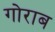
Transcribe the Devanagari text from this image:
गोराब